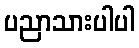
ပညာသားပါပါ